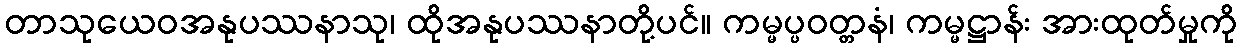
တာသုယေဝအနုပဿနာသု၊ ထိုအနုပဿနာတို့ပင်။ ကမ္မပ္ပဝတ္တနံ၊ ကမ္မဋ္ဌာန်း အားထုတ်မှုကို